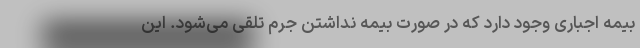
بیمه اجباری وجود دارد که در صورت بیمه نداشتن جرم تلقی می‌شود. این